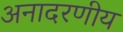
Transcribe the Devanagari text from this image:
अनादरणीय